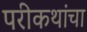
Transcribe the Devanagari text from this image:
परीकथांचा